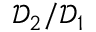
\mathcal { D } _ { 2 } / \mathcal { D } _ { 1 }